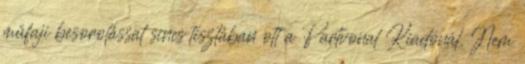
műfaji besorolással sincs tisztában ott a Partvonal Kiadónál. Nem